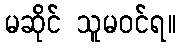
မဆိုင် သူမဝင်ရ။